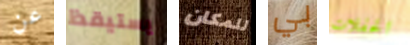
عن يستيقظ للمكان بي الحفلات